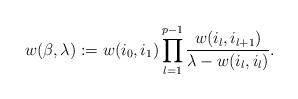
LaTeX: \begin{align*}w(\beta,\lambda):=w(i_0,i_1)\prod_{l=1}^{p-1}\frac{w(i_l,i_{l+1})}{\lambda-w(i_l,i_l)}.\end{align*}